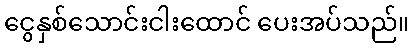
ငွေနှစ်သောင်းငါးထောင် ပေးအပ်သည်။